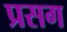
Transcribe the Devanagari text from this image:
प्रसग